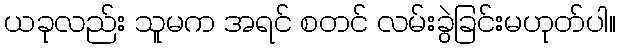
ယခုလည်း သူမက အရင် စတင် လမ်းခွဲခြင်းမဟုတ်ပါ။